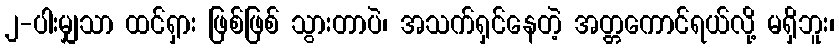
၂-ပါးမျှသာ ထင်ရှား ဖြစ်ဖြစ် သွားတာပဲ၊ အသက်ရှင်နေတဲ့ အတ္တကောင်ရယ်လို့ မရှိဘူး၊